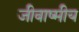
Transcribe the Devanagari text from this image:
जीवाष्मीय